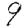
Digit: 9